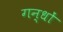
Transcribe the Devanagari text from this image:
गन्धों